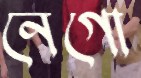
নেগো